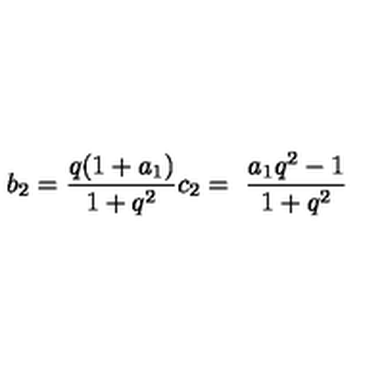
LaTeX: b _ { 2 } = \frac { q ( 1 + a _ { 1 } ) } { 1 + q ^ { 2 } } c _ { 2 } = \ \frac { a _ { 1 } q ^ { 2 } - 1 } { 1 + q ^ { 2 } } \